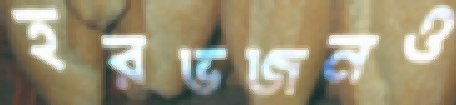
হরভজনও